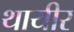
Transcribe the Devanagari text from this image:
थायीर